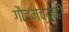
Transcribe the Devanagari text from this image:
गौतमच्याही